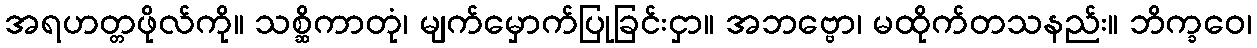
အရဟတ္တဖိုလ်ကို။ သစ္ဆိကာတုံ၊ မျက်မှောက်ပြုခြင်းငှာ။ အဘဗ္ဗော၊ မထိုက်တသနည်း။ ဘိက္ခဝေ၊